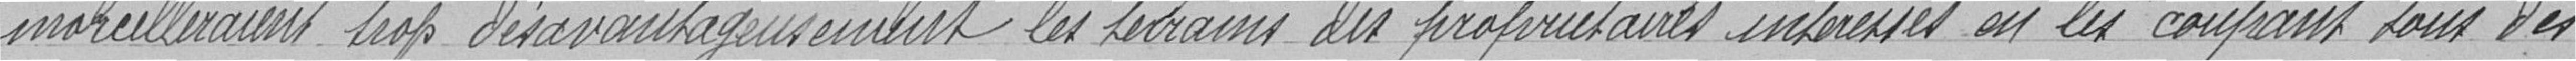
morcelleraient trop désavantageusement les terrains des propriétaires intéressés en les coupant sous des